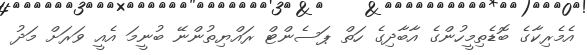
އެމެރިކާގެ ބޮޑެތިމީހުންގެ އާބާދިގެ ހަތް ޕަސެންޓް ރައްޔިތުންނޭ ބުނީމަ އެއީ ވަރަށް މަދު